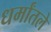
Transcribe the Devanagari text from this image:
धर्मांतले